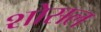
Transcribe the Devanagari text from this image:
शोसल